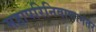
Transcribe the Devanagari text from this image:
महापरिनिवाणानंतर